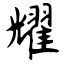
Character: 耀